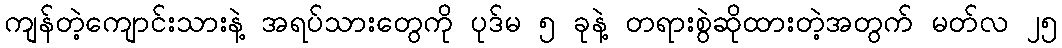
ကျန်တဲ့ကျောင်းသားနဲ့ အရပ်သားတွေကို ပုဒ်မ ၅ ခုနဲ့ တရားစွဲဆိုထားတဲ့အတွက် မတ်လ ၂၅